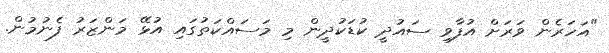
"އަހަރެން ވަރަށް އުފާވި ސައުދީ ކުޑަކުދީން މި މަސައްކަތުގައި އުޅޭ މަންޒަރު ފެނުމުން.